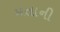
મતાની